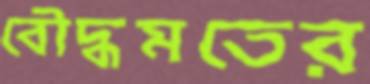
বৌদ্ধমতের